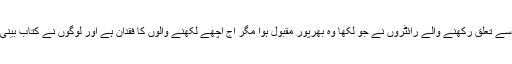
انہوں نے کہا کہ ہمیں پرانی تہذیبوں کا حال کتابوں کے ذریعے ملتا ہے اور ہمارے اردو ادب سے تعلق رکھنے والے رائٹروں نے جو لکھا وہ بھرپور مقبول ہوا مگر آج اچھے لکھنے والوں کا فقدان ہے اور لوگوں نے کتاب بینی سے بھی کنارہ کشی اختیار کر لی ہے اس کی بڑی وجہ سوشل میڈیا کا بڑھتا ہوا رحجان ہے ۔